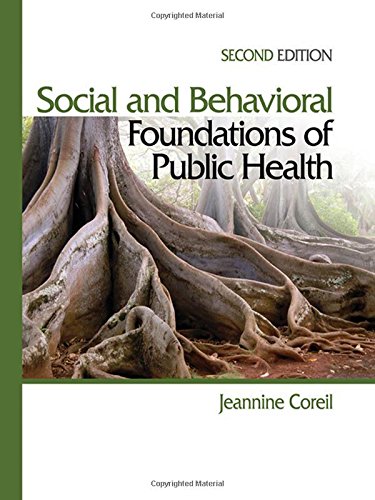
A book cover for Social and Behavioral Foundations of Public Health; M. (Marie) Jeannine Coreil; Medical Books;